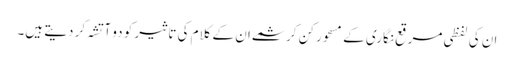
ان کی لفظی مرقع نگاری کے مسحور کن کرشمے ان کے کلام کی تاثیر کو دو آتشہ کر دیتے ہیں۔